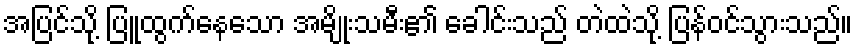
အပြင်သို့ ပြူထွက်နေသော အမျိုးသမီး၏ ခေါင်းသည် တဲထဲသို့ ပြန်ဝင်သွားသည်။